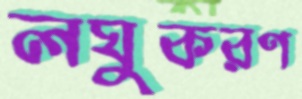
লঘুকরণ